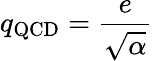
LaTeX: q_{\mathrm{QCD}}={\frac{e}{\sqrt{\alpha}}}